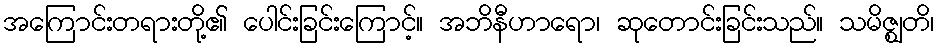
အကြောင်းတရားတို့၏ ပေါင်းခြင်းကြောင့်။ အဘိနီဟာရော၊ ဆုတောင်းခြင်းသည်။ သမိဇ္ဈတိ၊